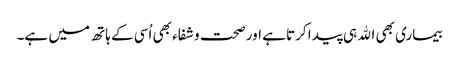
بیماری بھی اﷲ ہی پیدا کرتا ہے اور صحت و شفاء بھی اُسی کے ہاتھ میں ہے۔